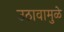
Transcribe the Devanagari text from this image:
उठावामुळे